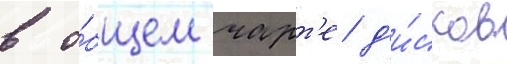
в о́бщем чарт'е д'и́сков